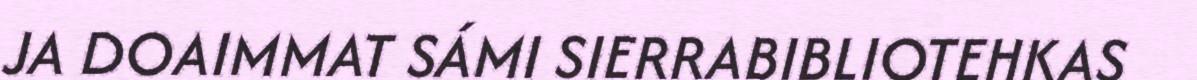
JA DOAIMMAT SÁMI SIERRABIBLIOTEHKAS